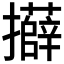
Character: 𭣍